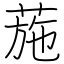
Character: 葹